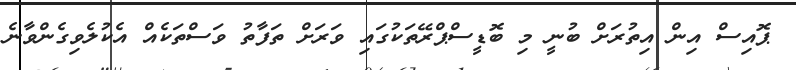
ޕޮއިސް އިން އިތުރަށް ބުނީ މި ބޮޑީސްޕްރޭތަކުގައި ވަރަށް ތަފާތު ވަސްތަކެއް އެކުލެވިގެންވާނެ